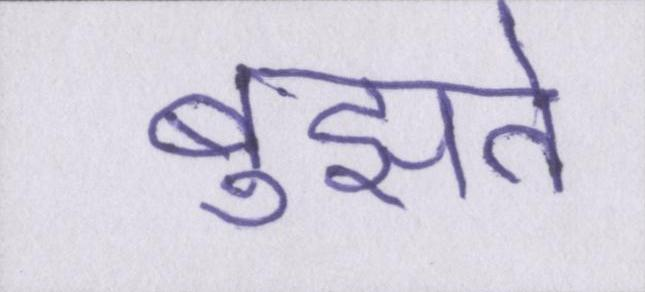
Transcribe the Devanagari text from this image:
बुझते